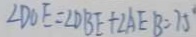
\angle D O E = \angle D B E + \angle A E B = 7 5 ^ { \circ }